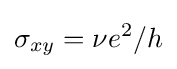
\sigma _{xy}=\nu e^{2}/h